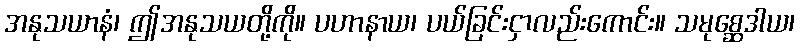
အနုသယာနံ၊ ဤအနုသယတို့ကို။ ပဟာနာယ၊ ပယ်ခြင်းငှာလည်းကောင်း။ သမုစ္ဆေဒါယ၊